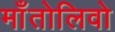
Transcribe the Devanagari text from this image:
माँतोलिवो